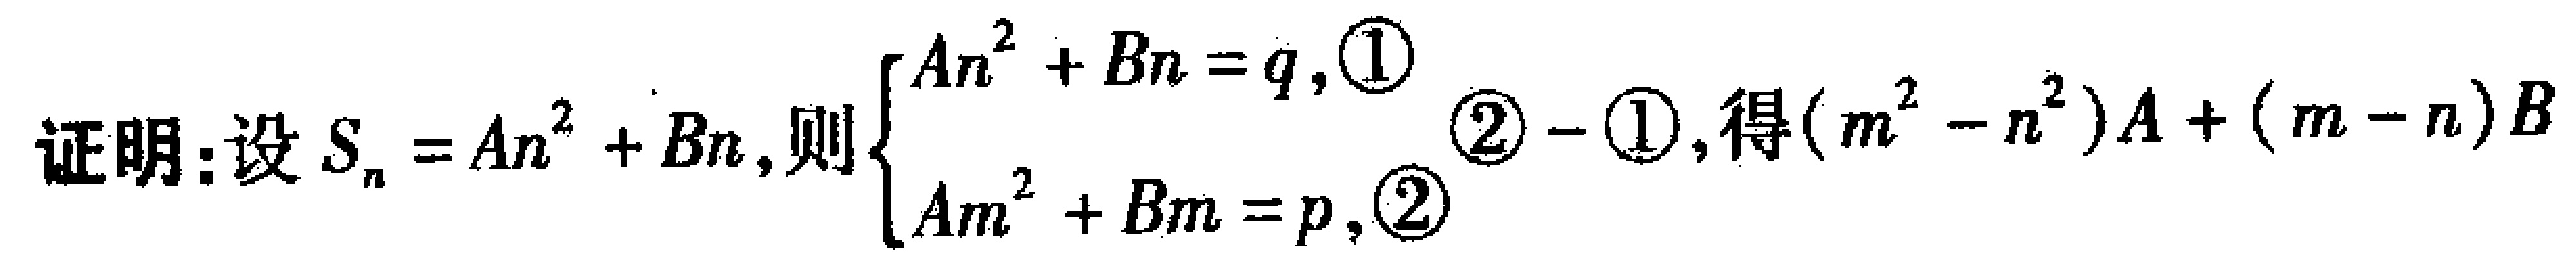
证明：设\(S_{n}=An^{2}+Bn\)，则\(\begin{cases}An^{2}+Bn = q, \textcircled{1}\\Am^{2}+Bm = p, \textcircled{2}\end{cases}\)\(\textcircled{2}-\textcircled{1}\)，得\((m^{2}-n^{2})A+(m - n)B\)